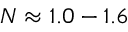
N \approx 1 . 0 - 1 . 6